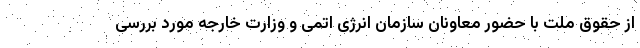
از حقوق ملت با حضور معاونان سازمان انرژی اتمی و وزارت خارجه مورد بررسی